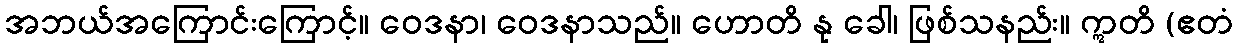
အဘယ်အကြောင်းကြောင့်။ ဝေဒနာ၊ ဝေဒနာသည်။ ဟောတိ နု ခေါ၊ ဖြစ်သနည်း။ ဣတိ (ဧတံ